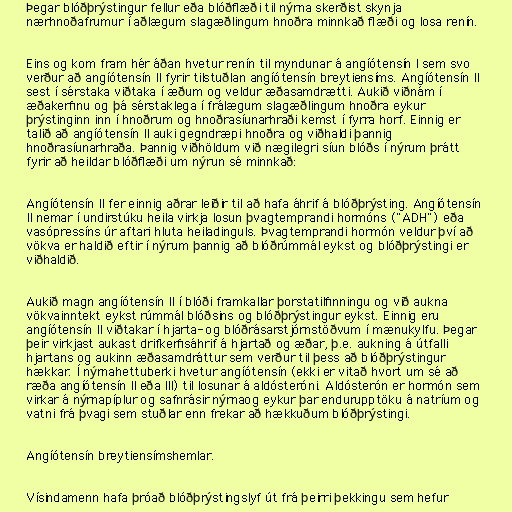
Þegar blóðþrýstingur fellur eða blóðflæði til nýrna skerðist skynja
nærhnoðafrumur í aðlægum slagæðlingum hnoðra minnkað flæði og losa renín.

Eins og kom fram hér áðan hvetur renín til myndunar á angíótensín I sem svo
verður að angíótensín II fyrir tilstuðlan angíótensín breytiensíms. Angíótensín II
sest í sérstaka viðtaka í æðum og veldur æðasamdrætti. Aukið viðnám í
æðakerfinu og þá sérstaklega í frálægum slagæðlingum hnoðra eykur
þrýstinginn inn í hnoðrum og hnoðrasíunarhraði kemst í fyrra horf. Einnig er
talið að angíótensín II auki gegndræpi hnoðra og viðhaldi þannig
hnoðrasíunarhraða. Þannig viðhöldum við nægilegri síun blóðs í nýrum þrátt
fyrir að heildar blóðflæði um nýrun sé minnkað:

Angíótensín II fer einnig aðrar leiðir til að hafa áhrif á blóðþrýsting. Angíótensín
II nemar í undirstúku heila virkja losun þvagtemprandi hormóns ("ADH") eða
vasópressíns úr aftari hluta heiladinguls. Þvagtemprandi hormón veldur því að
vökva er haldið eftir í nýrum þannig að blóðrúmmál eykst og blóðþrýstingi er
viðhaldið.

Aukið magn angíótensín II í blóði framkallar þorstatilfinningu og við aukna
vökvainntekt eykst rúmmál blóðsins og blóðþrýstingur eykst. Einnig eru
angíótensín II viðtakar í hjarta- og blóðrásarstjórnstöðvum í mænukylfu. Þegar
þeir virkjast aukast drifkerfisáhrif á hjartað og æðar, þ.e. aukning á útfalli
hjartans og aukinn æðasamdráttur sem verður til þess að blóðþrýstingur
hækkar. Í nýrnahettuberki hvetur angíótensín (ekki er vitað hvort um sé að
ræða angíótensín II eða III) til losunar á aldósteróni. Aldósterón er hormón sem
virkar á nýrnapíplur og safnrásir nýrnaog eykur þar endurupptöku á natríum og
vatni frá þvagi sem stuðlar enn frekar að hækkuðum blóðþrýstingi.

Angíótensín breytiensímshemlar.

Vísindamenn hafa þróað blóðþrýstingslyf út frá þeirri þekkingu sem hefur